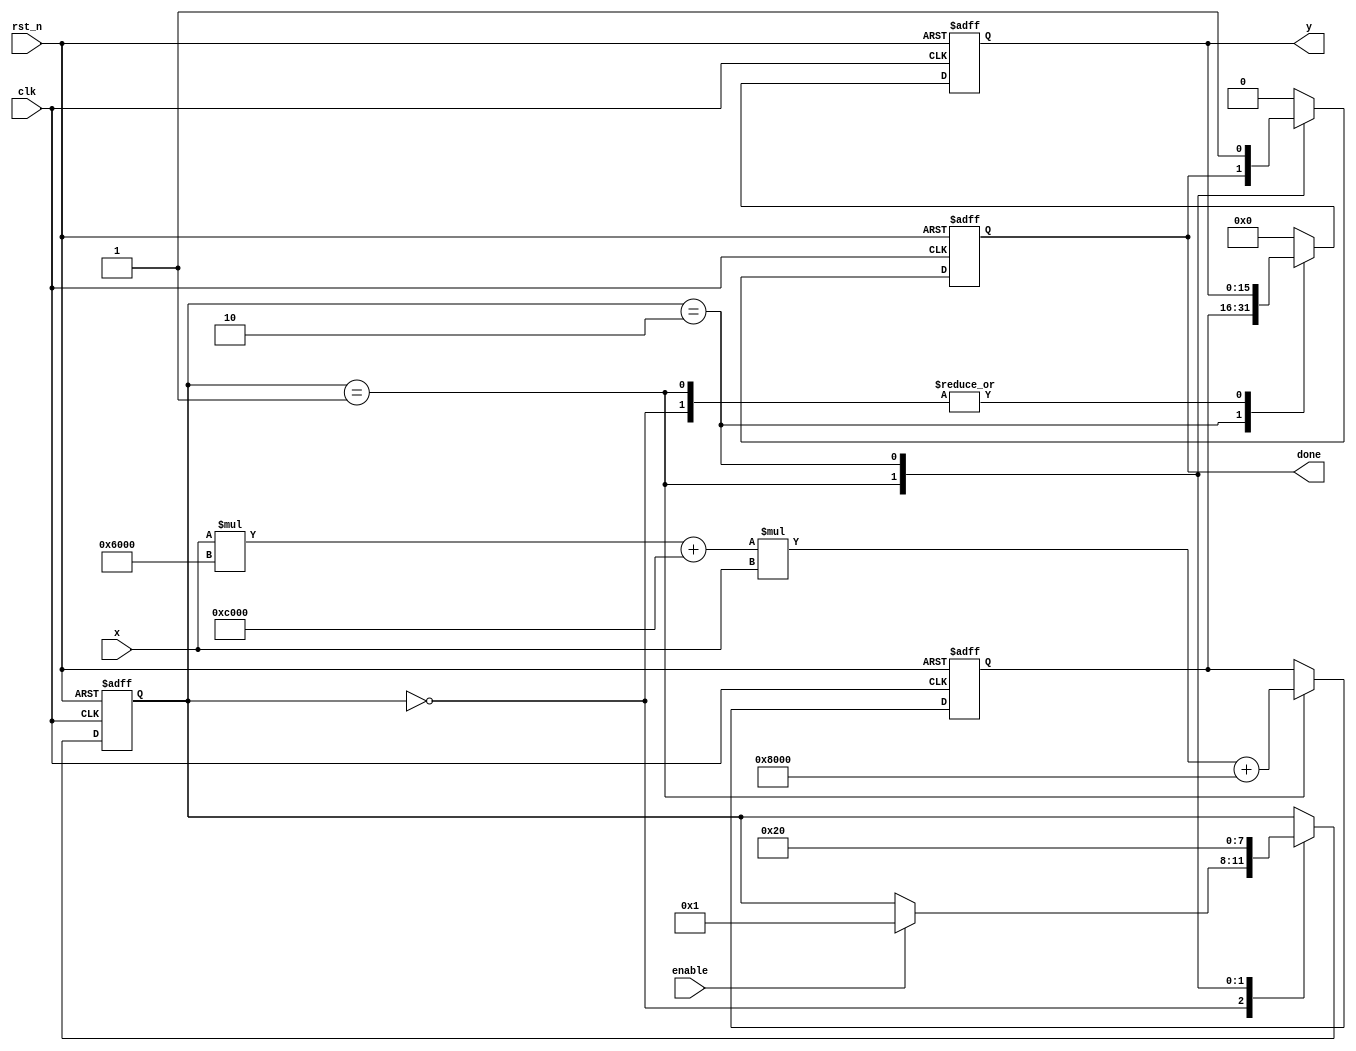
module Polynomial_Reciprocal (
    input wire clk,
    input wire rst_n,
    input wire [15:0] x,          // Fixed-point input in the range [0, 1)
    input wire enable,            // Control signal to enable the calculation
    output reg [15:0] y,          // Reciprocal output
    output reg done               // Signal indicating completion of computation
);

// Polynomial coefficients for approximation of 1/x (can adjust for accuracy)
localparam signed [15:0] c0 = 16'h8000; // 1.0
localparam signed [15:0] c1 = 16'hC000; // -2.0
localparam signed [15:0] c2 = 16'h6000; // +1.5

// Internal signals
reg [15:0] polynomial_result;
reg [3:0] state, next_state;
parameter IDLE = 4'b0000, CALC = 4'b0001, DONE = 4'b0010;

// FSM to control the operation flow
always @(posedge clk or negedge rst_n) begin
    if (!rst_n)
        state <= IDLE;
    else
        state <= next_state;
end

always @(*) begin
    // Default next state
    next_state = state;
    case (state)
        IDLE: begin
            if (enable)
                next_state = CALC;
        end
        
        CALC: begin
            next_state = DONE;
        end
        
        DONE: begin
            next_state = IDLE; // Return to IDLE
        end
    endcase
end

// Polynomial calculation and output handling
always @(posedge clk or negedge rst_n) begin
    if (!rst_n) begin
        polynomial_result <= 16'b0;
        y <= 16'b0;
        done <= 1'b0;
    end else begin
        case (state)
            CALC: begin
                // Assuming x is in fixed-point and needs to be scaled correctly
                // Perform polynomial evaluation using Horner's method
                polynomial_result <= (x * c2 + c1) * x + c0;
            end
            
            DONE: begin
                y <= polynomial_result; // Set output to polynomial result
                done <= 1'b1;           // Signal completion
            end
            
            IDLE: begin
                done <= 1'b0;           // Reset done signal
            end
            
            default: begin
                y <= 16'b0;
                done <= 1'b0;
            end
        endcase
    end
end

endmodule